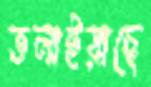
ডলাইয়াছে